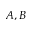
A , B